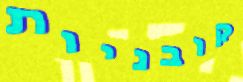
קובניות